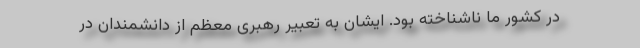
در کشور ما ناشناخته بود. ایشان به تعبیر رهبری معظم از دانشمندان در